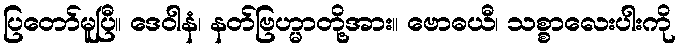
ပြတော်မူပြီ။ ဒေဝါနံ၊ နတ်ဗြဟ္မာတို့အား။ ဗောဓယီ၊ သစ္စာလေးပါးကို